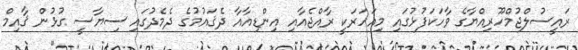
ރައީސުލްޖުމްހޫރިއްޔާގެ ވާހަކަފުޅުގައި މިއަހަރަކީ ރާއްޖެއާއި އިންޑިއާއާ ދެޤައުމުގެ ދެމެދުގައި ސިޔާސީ ގުޅުން ޤާއިމް